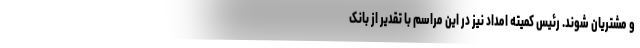
و مشتریان شوند. رئیس کمیته امداد نیز در این مراسم با تقدیر از بانک